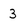
Character: 3